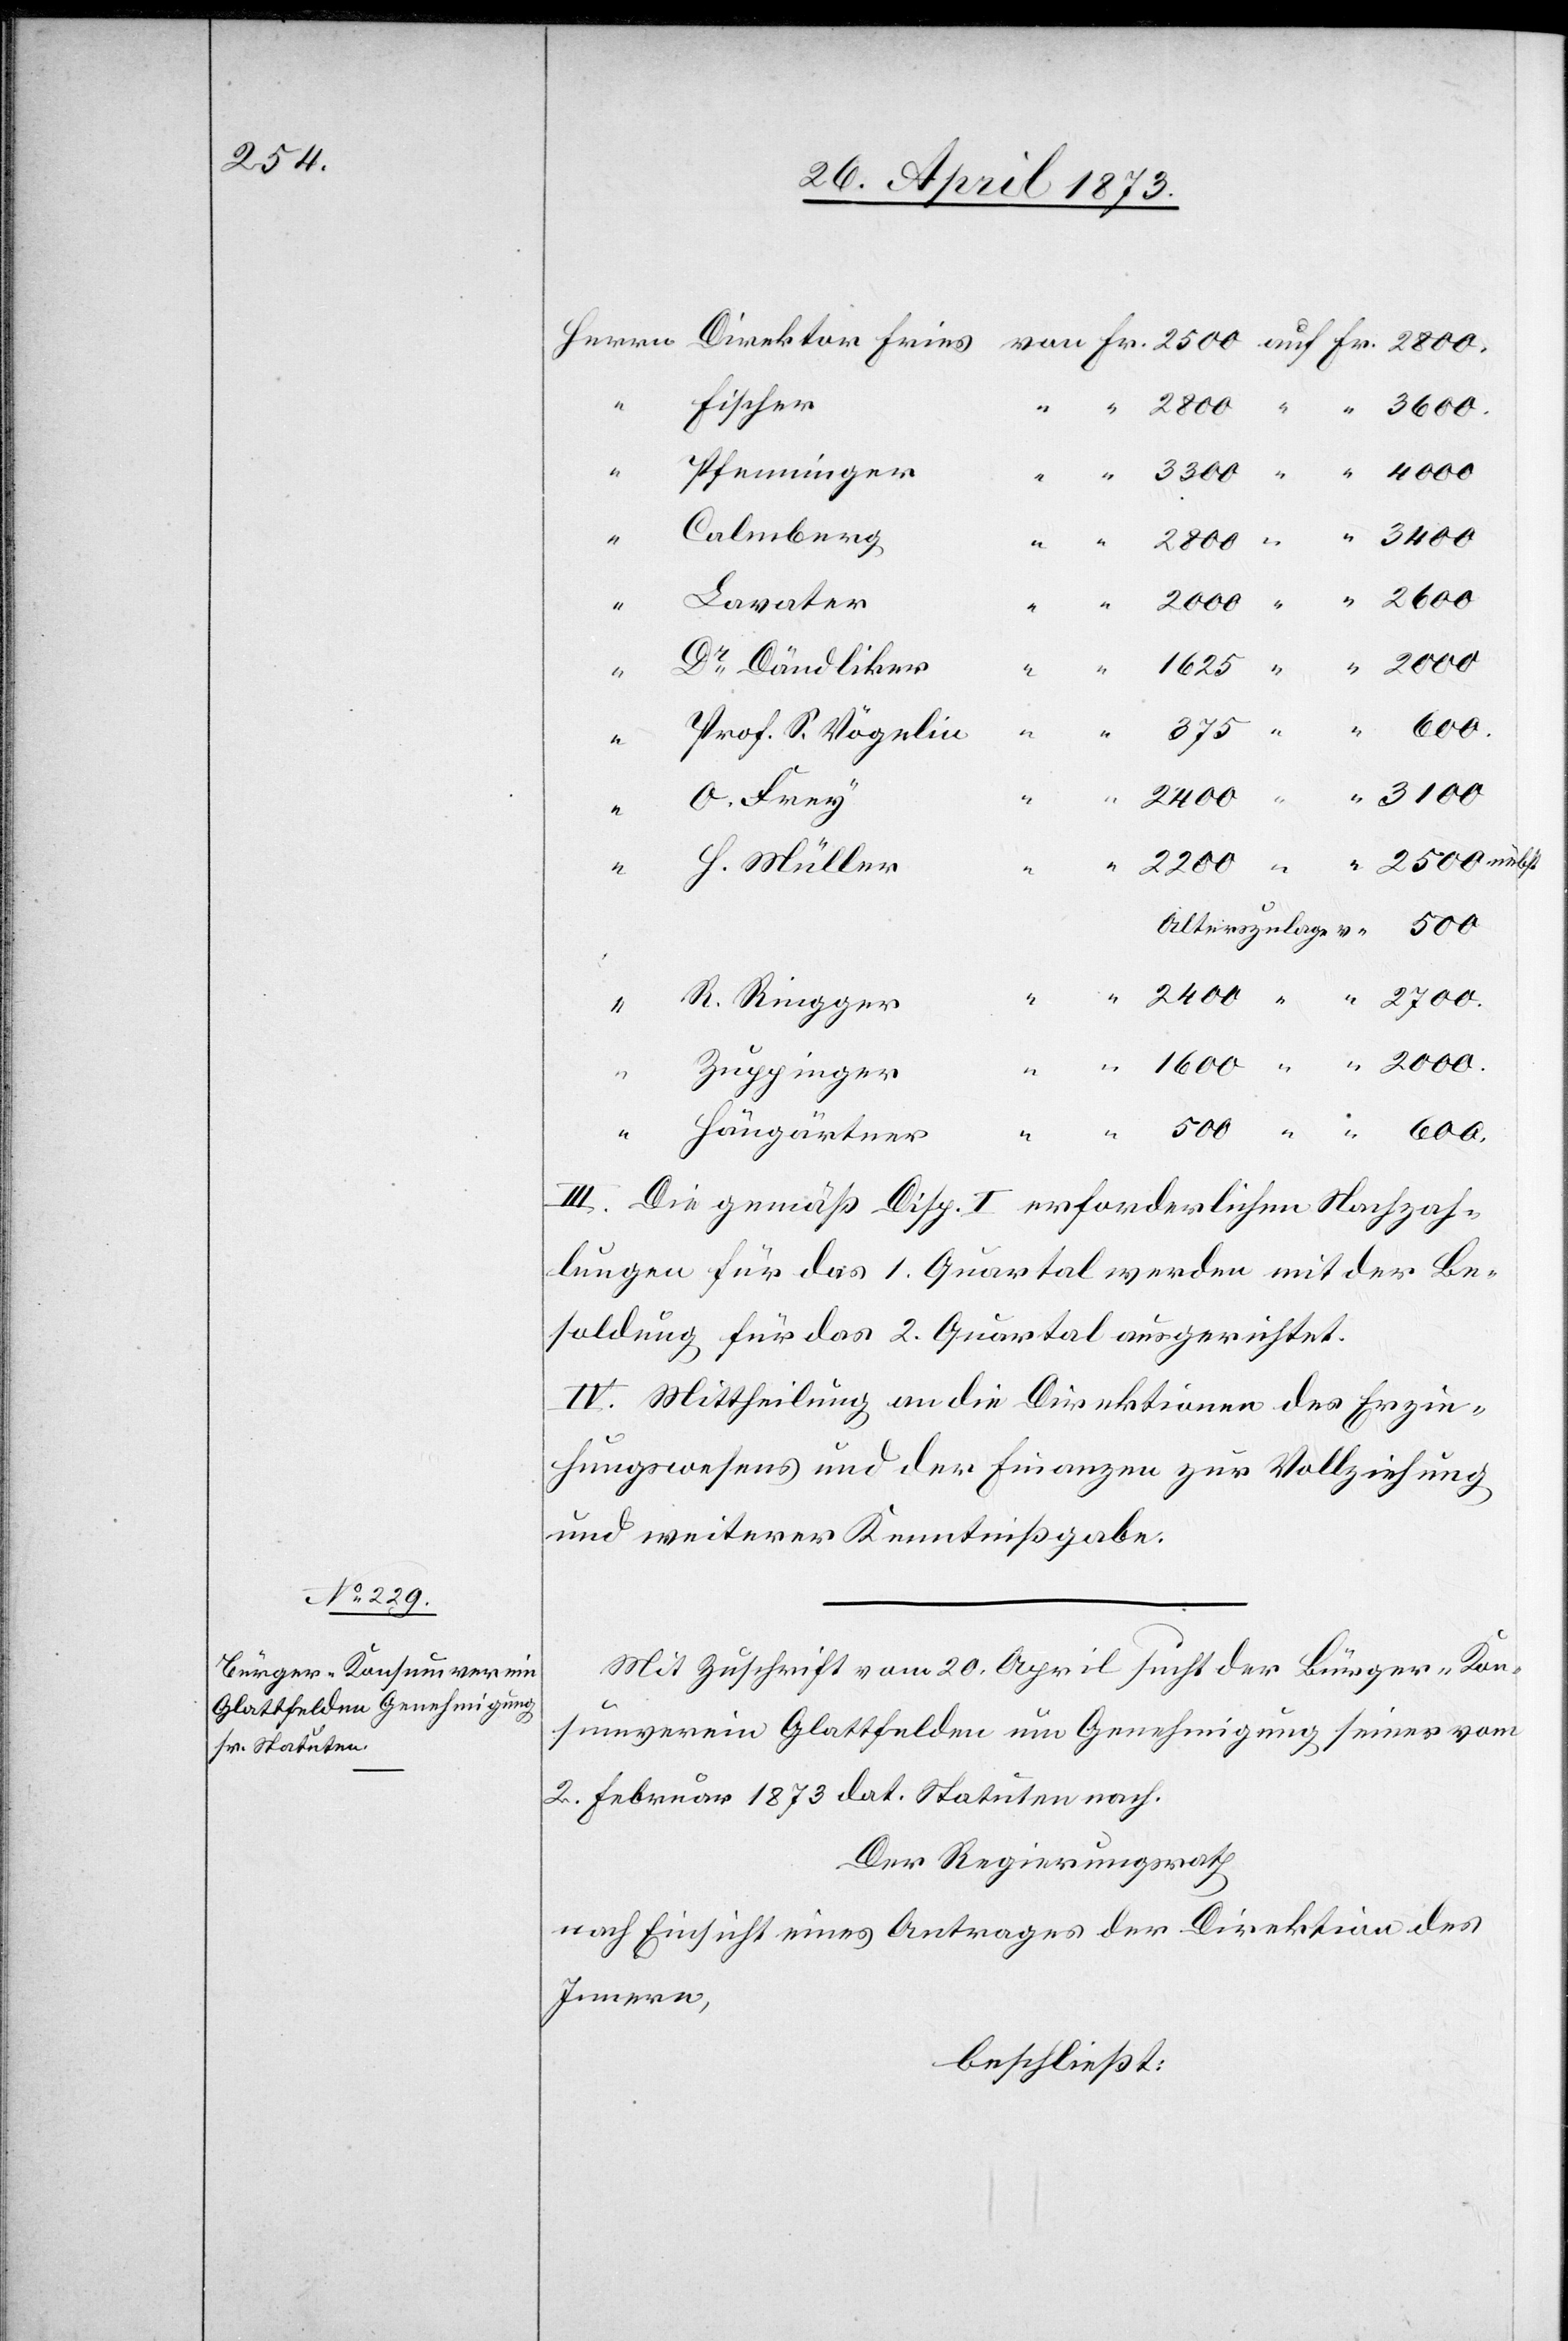
Fischer
Pfenninger
Calmberg
700.
Dr Dändliker
2
Prof. S. Vögelin
O.
H. Müller
2
2
Alterszulage v
R. Ringger
III. Die gemäß Disp. I erforderlichen Nachzah¬
lungen für das 1. Quartal werden mit der Be¬
soldung für das 2. Quartal ausgerichtet.
IV. Mittheilung an die Direktionen des Erzie¬
hungswesens und der Finanzen zur Vollziehung
und weiterer Kenntnißgabe.
Mit Zuschrift vom 20. April sucht der Bürger-Kon¬
“
sumverein Glattfelden um Genehmigung seiner vom
2. Februar 1873 dat. Statuten nach.
Der Regierungsrath
nach Einsicht eines Antrages der Direktion des
Innern,
beschließt: